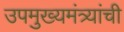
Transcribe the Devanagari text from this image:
उपमुख्यमंत्र्यांची